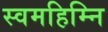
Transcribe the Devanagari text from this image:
स्वमहिम्नि